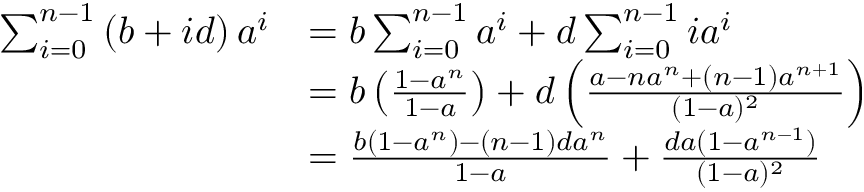
{ \begin{array} { r l } { \sum _ { i = 0 } ^ { n - 1 } \left( b + i d \right) a ^ { i } } & { = b \sum _ { i = 0 } ^ { n - 1 } a ^ { i } + d \sum _ { i = 0 } ^ { n - 1 } i a ^ { i } } \\ & { = b \left( { \frac { 1 - a ^ { n } } { 1 - a } } \right) + d \left( { \frac { a - n a ^ { n } + ( n - 1 ) a ^ { n + 1 } } { ( 1 - a ) ^ { 2 } } } \right) } \\ & { = { \frac { b ( 1 - a ^ { n } ) - ( n - 1 ) d a ^ { n } } { 1 - a } } + { \frac { d a ( 1 - a ^ { n - 1 } ) } { ( 1 - a ) ^ { 2 } } } } \end{array} }